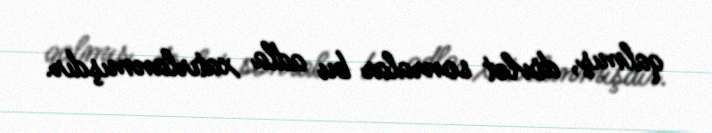
qalmış, dövlət sonralar bu adla xatırlanmışdır.